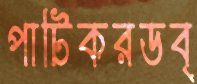
পাটিকরডব্